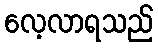
လေ့လာရသည်